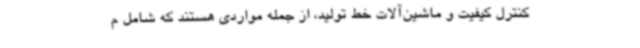
کنترل کیفیت و ماشین‌آلات خط تولید، از جمله مواردی هستند که شامل م